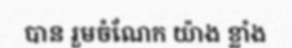
បាន រួមចំណែក យ៉ាង ខ្លាំង